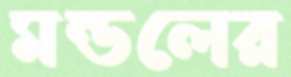
মন্ডলের